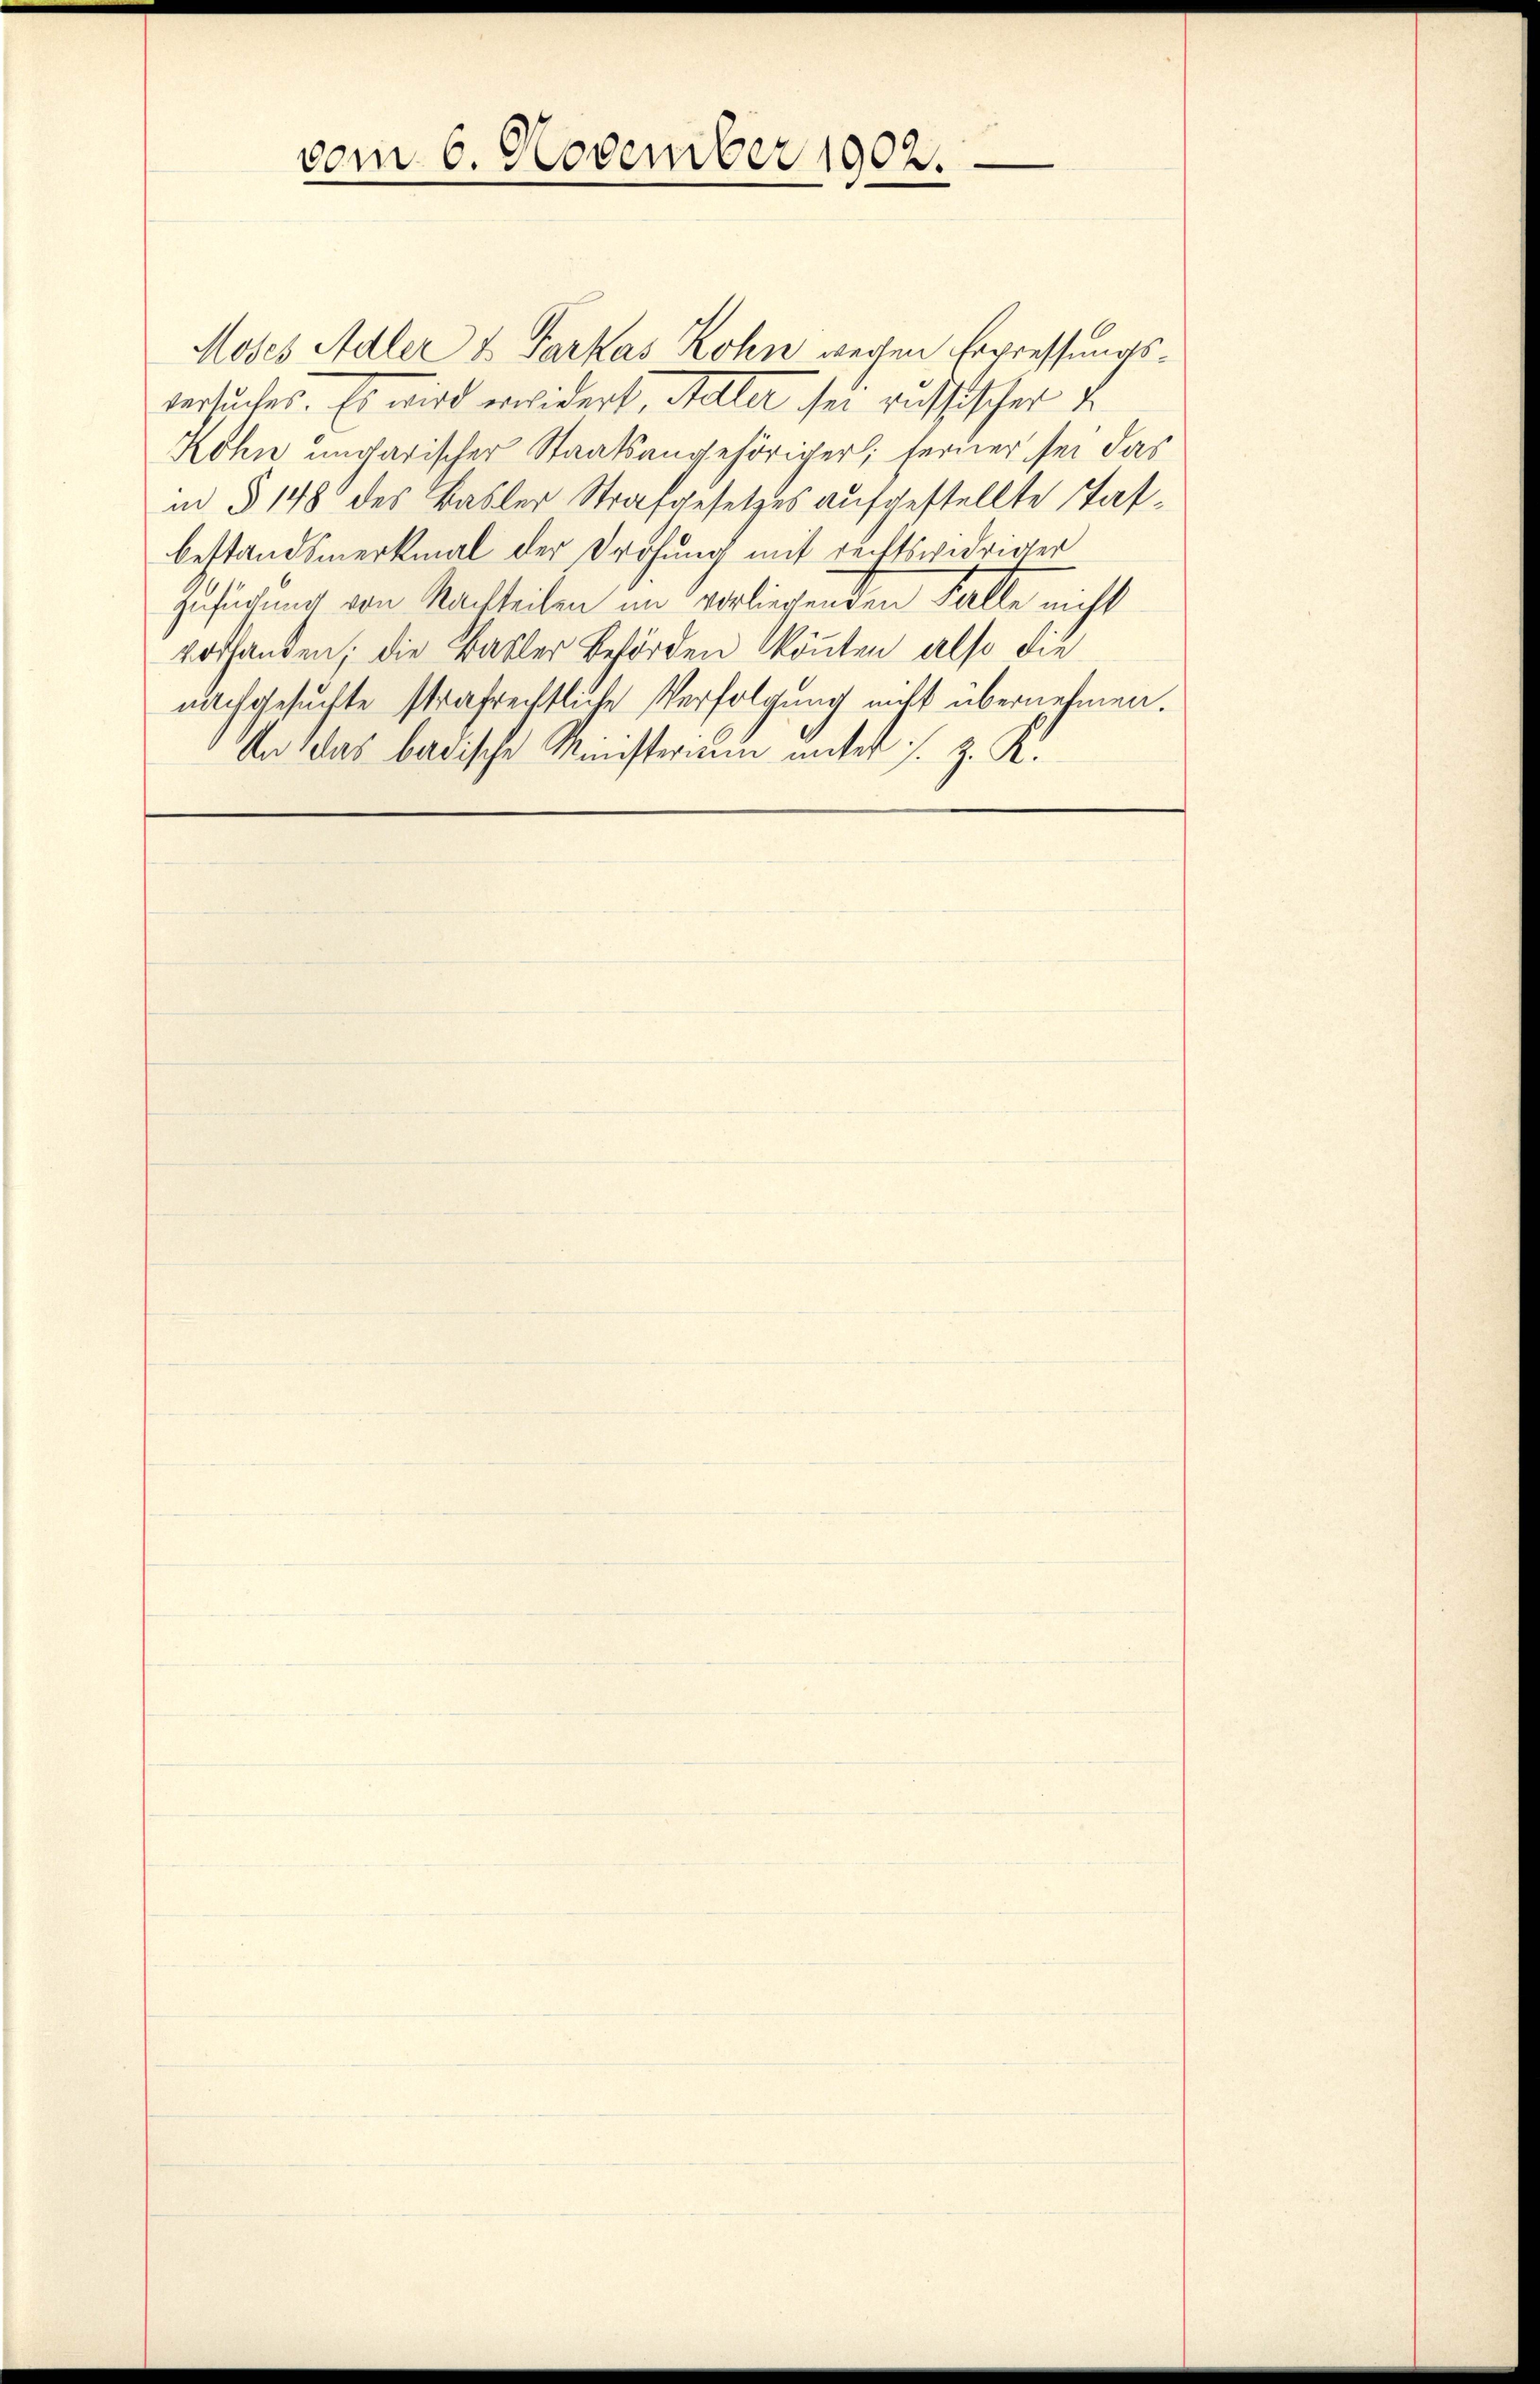
vom 6. November 1902.

Moses Adler & Farkas Lohn wegen Erpressungstersuches. Es wird erwidert, Maler sei russischer d.
Köhn ungarischer Staatsangehöriger; seiner sei das
in § 148 des Basler Strafgesetzes aufgestellte Tafbestandsmerkmal der Drohung mit rechtswidriger
Zusichung von Nachteilen im vorliegenden Falle nicht
vorhanden; die Basler Behörden könnten also die
nachgesuchte strafrechtliche Verfolgung nicht übernehmen.
An das badische Ministerium unter s. z. R.